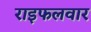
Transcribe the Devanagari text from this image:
राइफलवार